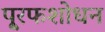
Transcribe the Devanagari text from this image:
पू्रफशोधन